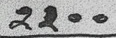
2200